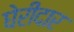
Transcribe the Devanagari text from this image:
घेरीदार